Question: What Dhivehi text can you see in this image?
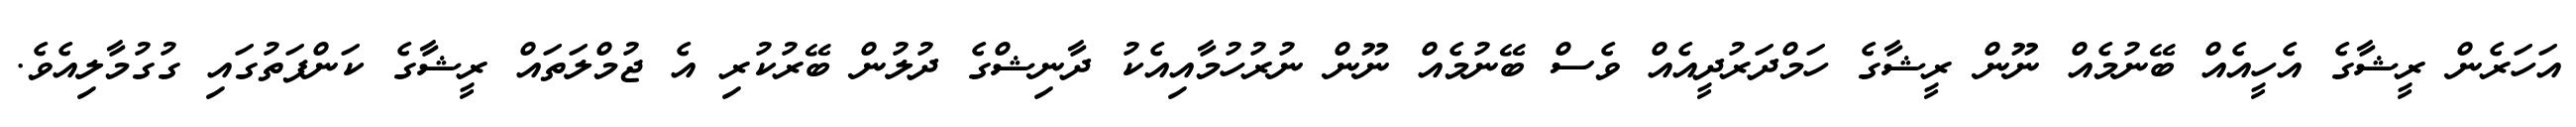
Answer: އަހަރެން ރީޝާގެ އެހީއެއް ބޭނުމެއް ނޫން ރީޝާގެ ހަމްދަރުދީއެއް ވެސް ބޭނުމެއް ނޫން ނުރުހުމާއިއެކު ދާނިޝްގެ ދުލުން ބޭރުކުރި އެ ޖުމްލަތައް ރީޝާގެ ކަންފަތުގައި ގުގުމާލިއެވެ.